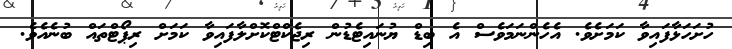
ހުށަހަޅާފައިވާ ކަމަށެވެ. އެހެންނަމަވެސް އެ ބިޑް ޔުނައިޓެޑުން ރިޖެކްޓްކޮށްލާފައިވާ ކަމަށް ރިޕޯޓްތައް ބުނެއެވެ.